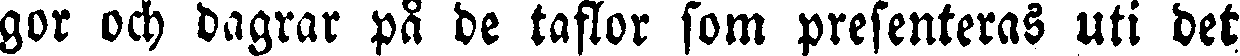
gor och dagrar på de taflor som presenteras uti det